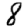
Digit: 8